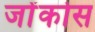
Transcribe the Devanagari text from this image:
जोंकोस